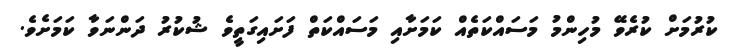
ކުރުމަށް ކުރެވޭ މުހިންމު މަސައްކަތެއް ކަމަށާއި މަސައްކަތް ފަށައިގަތީވެ ޝުކުރު ދަންނަވާ ކަމަށެވެ.